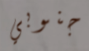
جنوبي